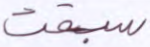
سبقت